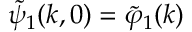
\widetilde { \psi } _ { 1 } ( k , 0 ) = \widetilde { \varphi } _ { 1 } ( k )